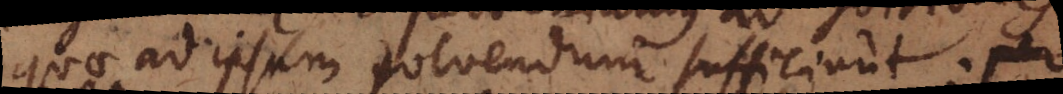
quae ad ipsum solvendum sufficiunt. per